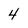
Character: 4